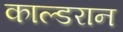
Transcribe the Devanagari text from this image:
काल्डरान